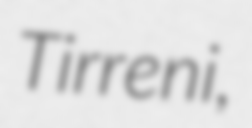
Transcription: Tirreni,